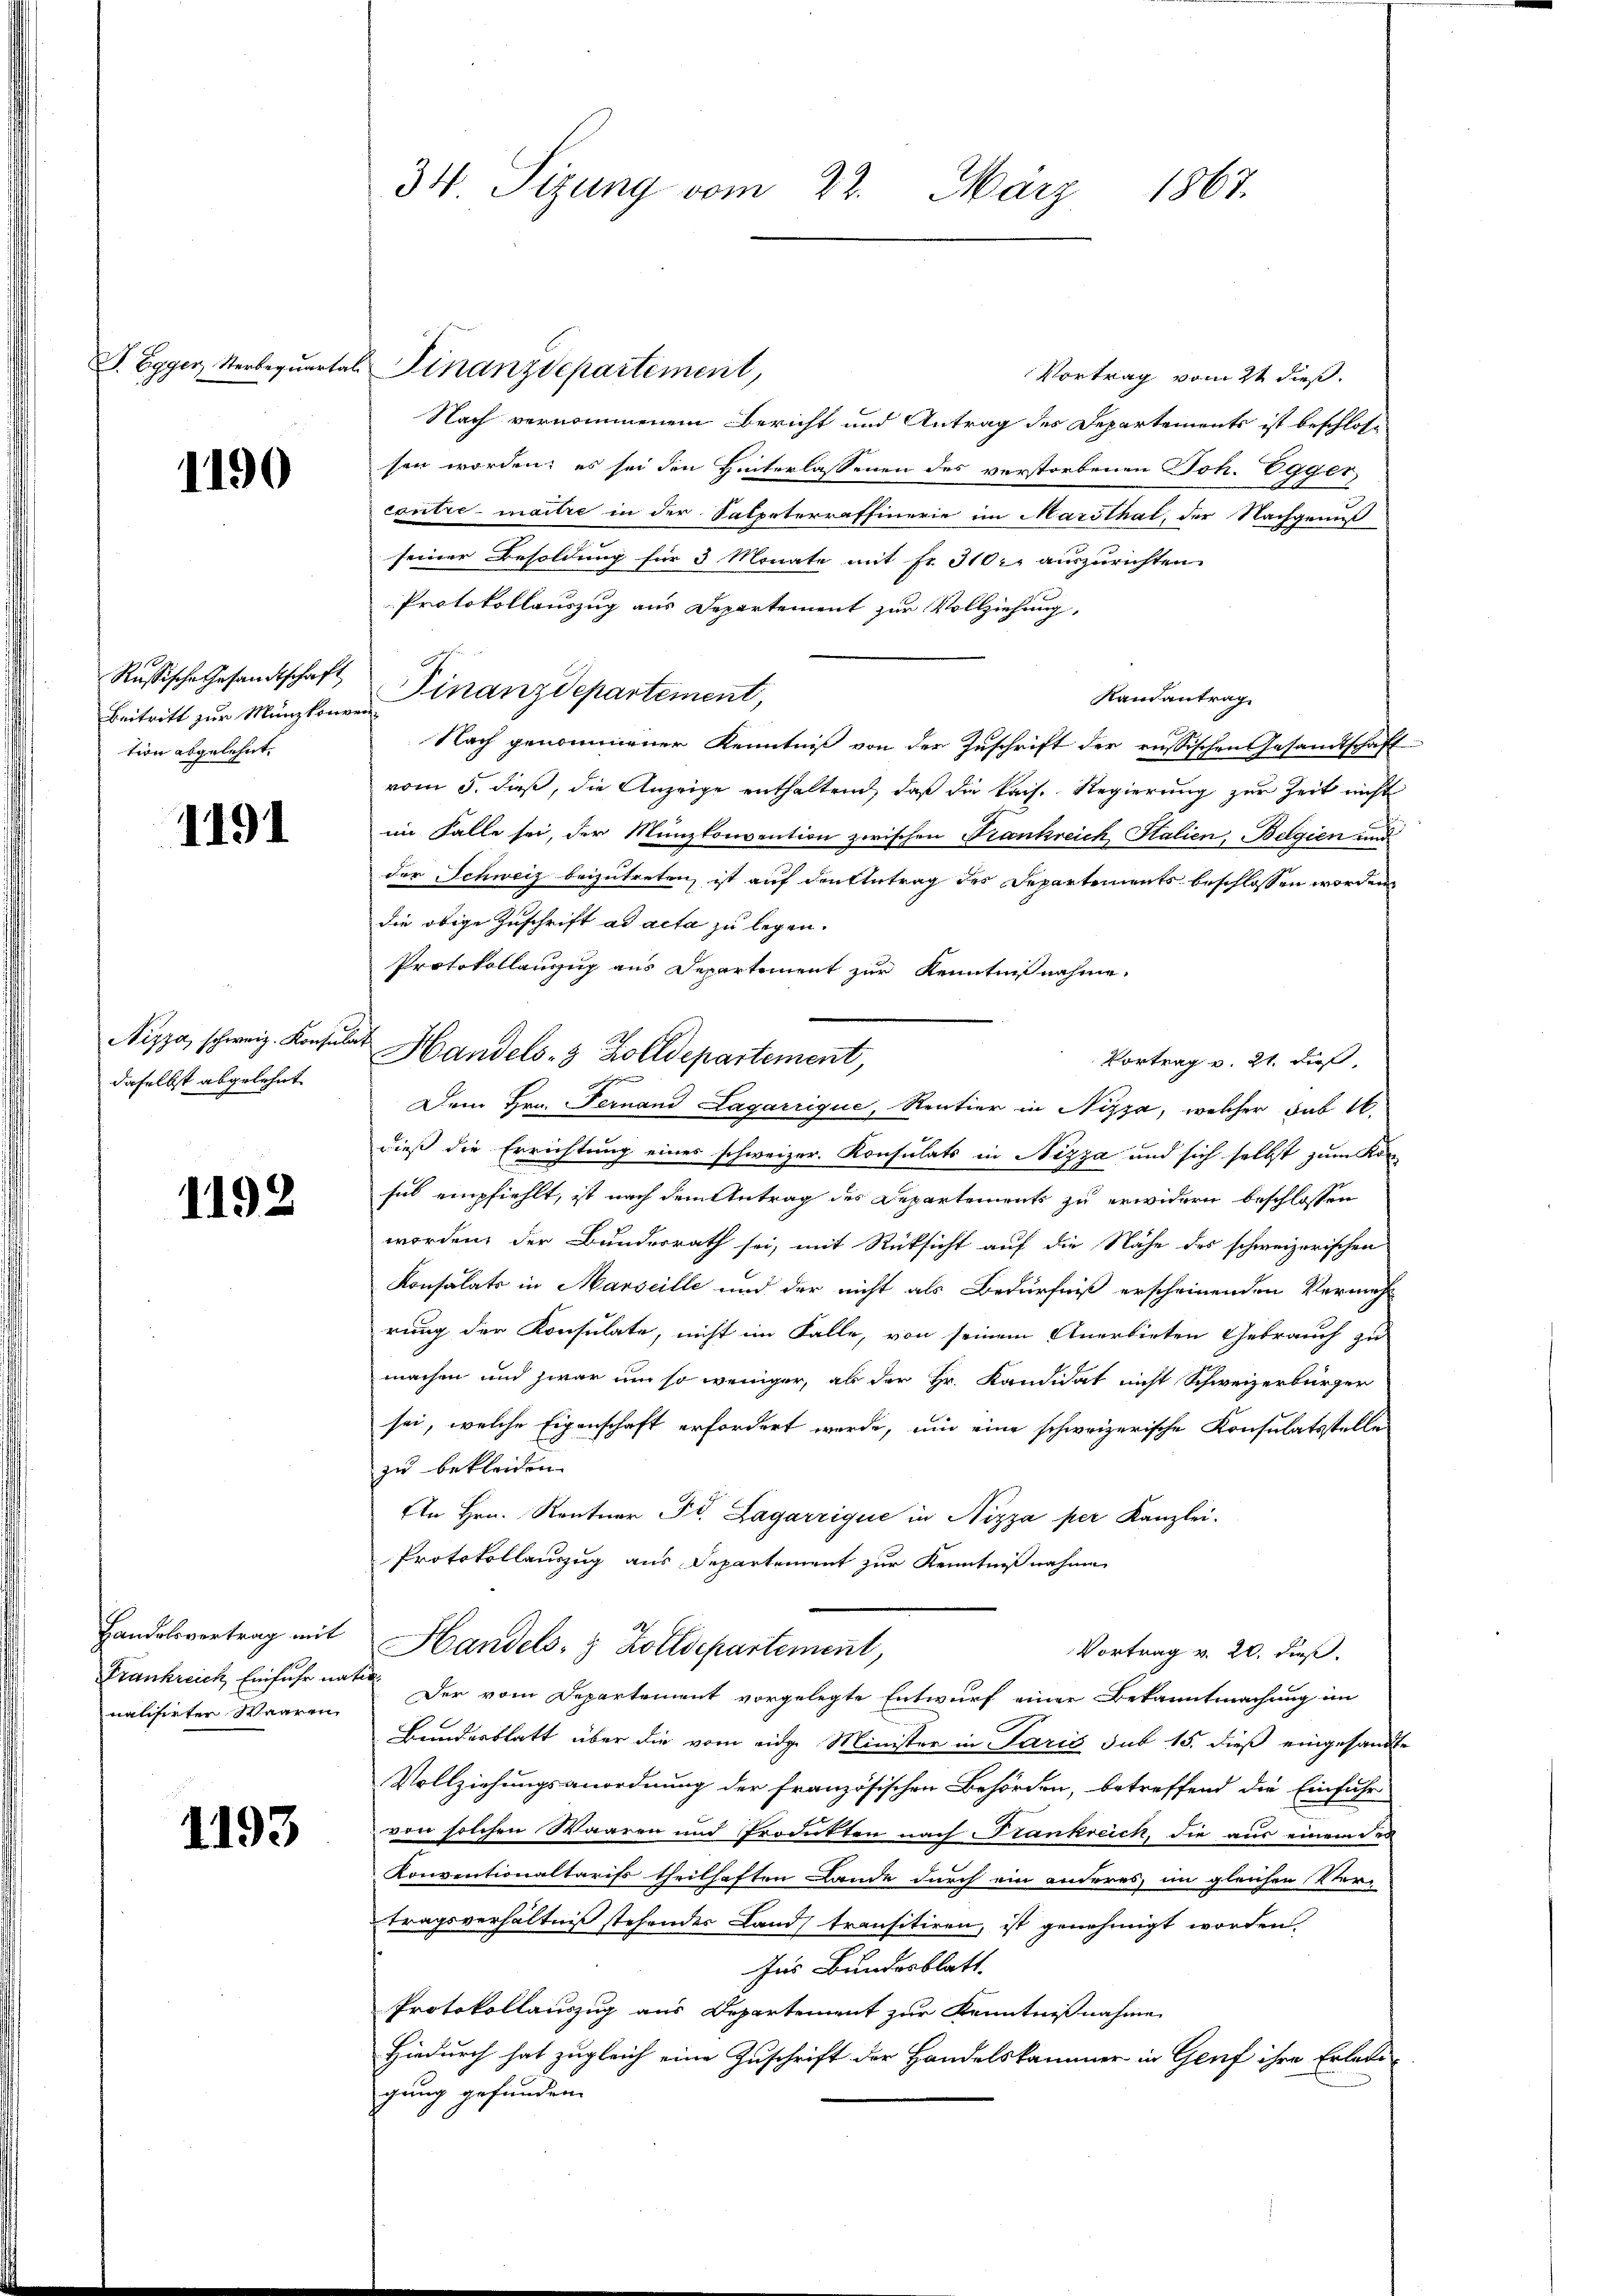
F. Egger, Sterbequarta

1190

Russische Gesandtschaft
Beitritt zur Münzkonven
tion abgelehnt.

1191

Nizza, schweiz. Konsula
daselbst abgelehnt

1192

Handelsvertrag mit
Frankreich Einfuhr nat
nalisirten Waaren

1193

34 Sizung vom 22. März 1867.

t. Finanzdepartement,
Vortrag vom 2t dieß.
Nach vernommenem Bericht und Antrag des Departements ist beschloss
sen worden; es sei den Hinterlassenen des verstorbenen Joh. Egger,
cantre - mache in der Salpeterraffinerie im Marthal, der Nachgenuß
seiner Besoldung für 3 Monate mit Fr. 310. auszurichten
Protokollauszug aus Departement zur Vollziehung,
Finanzdepartement,
Randantrag
n
Nach genommener Kenntniß von der Zuschrift der russischen Gesandtschaft
vom 5. daß, die Anzeige enthaltend, daß die kais. Regierung zur Zeit nicht
im Falle sei, der Münzkonvention zwischen Frankreich Stalien, Belgien und
der Schweiz beizutreten, ist auf den Antrag des Departements beschlossen worden,
die obige Zuschrift ad acta zu legen.
Protokollanzug aus Departement zur Kenntnißnahme,
Handels- & Zolldepartement,
Vortrag v. 21. dieß,
Dem Hrn. Fernand Lagarrique, Rentier in Nizza, welcher sub 16.
dieß die Errichtung eines schweizer. Konsulats in Nizza und sich selbst zum Kon-
sul empfiehlt, ist nach dem Antrag des Departements zu erwidern beschlossen
worden, der Bundesrath sei, mit Rücksicht auf die Nähe des schweizerischen
Konsulats in Marseille und der nicht als Bedürfniß erscheinenden Vermeh
rung der Konsulate, nicht im Falle, von seinem Anerbieten Gebrauch zu
machen und zwar um so weniger, ab der Hr. Kandidat nicht Schweizerbürger
sei, welche Eigenschaft erfordert werde, um eine schweizerische Konsulatsstelle
zu bekleiden.
An Hrn. Rentner Fr. Lagarrique in Nizza per Kanzlei.
Protokollauszug aus Departement zur Kenntnißnahme
Handels- & Zolldepartement,
Vortrag v. 20. dieß.
 Der vom Departement vorgelegte Entwurf einer Bekanntmachung im
Bunderblatt über die vom eidge Minister in Paris sub 15. dieß eingesandte
Vollziehungsanordnung der französischen Behörden, betreffend die Einfuhr
von solchen Waaren und Produkten nach Krankreich, die aus einem der
Konventionaltarifs theilhaften Lande durch ein anderes im gleichen Ver-
tragsverhältniß stehender Lands transitiren, ist genehmigt worden
Ins Bundesblatt.
Protokollauszug aus Departement zur Kenntnißnahme
Hiedurch hat zugleich eine Zuschrift der Handelskammer in Genf ihre Erlede
gung gefunden.